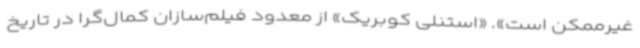
غیرممکن است». «استنلی کوبریک» از معدود فیلم‌سازان کمال‌گرا در تاریخ